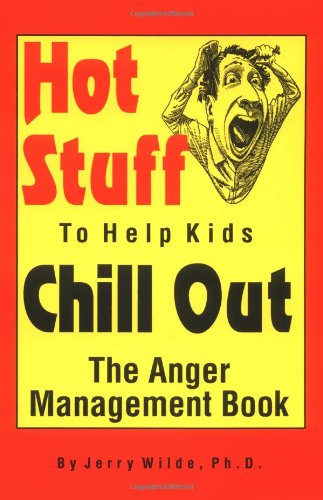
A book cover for Hot Stuff to Help Kids Chill Out: The Anger Management Book; Jerry Wilde; Parenting & Relationships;